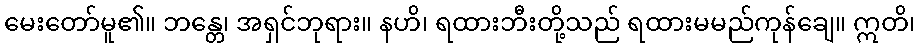
မေးတော်မူ၏။ ဘန္တေ၊ အရှင်ဘုရား။ နဟိ၊ ရထားဘီးတို့သည် ရထားမမည်ကုန်ချေ။ ဣတိ၊